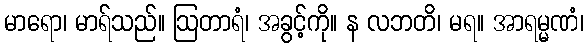
မာရော၊ မာရ်သည်။ ဩတာရံ၊ အခွင့်ကို။ န လဘတိ၊ မရ။ အာရမ္မဏံ၊